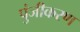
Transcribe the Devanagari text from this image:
पुंजीकरण